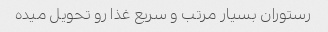
رستوران بسیار مرتب و سریع غذا رو تحویل میده